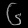
Digit: ၆